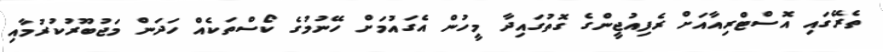
ތެރޭގައި އޮސްޓްރިއާއަށް ރެފިއުޖީންގެ ގޮތުގައިދާ މީހުން އެގައުމަށް ހޭނުމުގެ ކޯސްތަކެއް ހަދަން މަޖުބޫރުކުރުމާއި